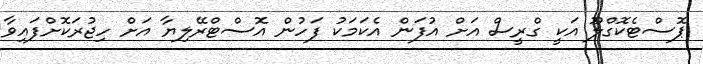
ޕޮސްޓެކޮގްލޫ އަކީ ގްރީސް އަށް އުފަން އެކަމަކު ފަހުން އޮސްޓްރޭލިޔާ އަށް ހިޖުރަކޮށްފައިވާ